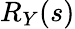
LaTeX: R_{Y}(s)